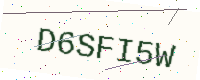
Text: D6SFI5W